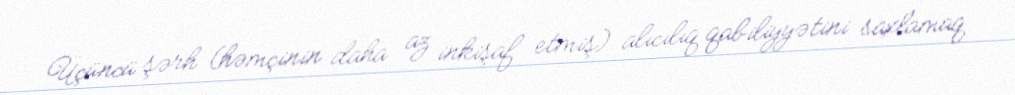
Üçüncü şərh (həmçinin daha az inkişaf etmiş) alıcılıq qabiliyyətini saxlamaq